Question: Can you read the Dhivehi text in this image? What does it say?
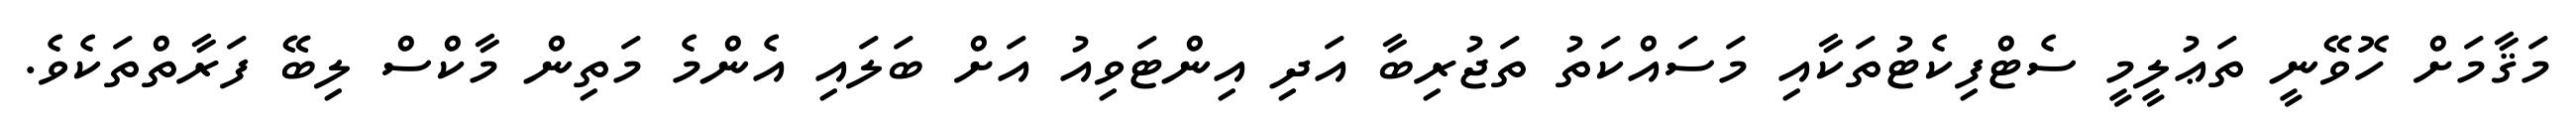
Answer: މަޤާމަށް ހޮވޭނީ ތަޢުލީމީ ސެޓްފިކެޓުތަކާއި މަސައްކަތު ތަޖުރިބާ އަދި އިންޓަވިއު އަށް ބަލައި އެންމެ މަތިން މާކްސް ލިބޭ ފަރާތްތަކެވެ.